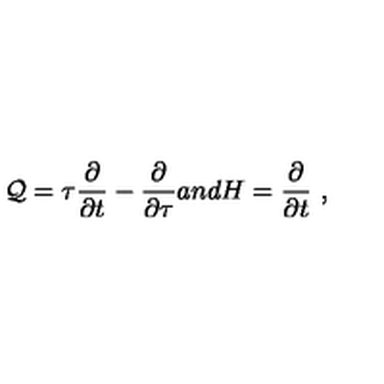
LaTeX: { \cal { Q } } = \tau \frac { \partial } { \partial t } - \frac { \partial } { \partial \tau } a n d H = \frac { \partial } { \partial t } \ ,